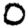
Digit: 0